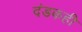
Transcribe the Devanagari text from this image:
दंडकही